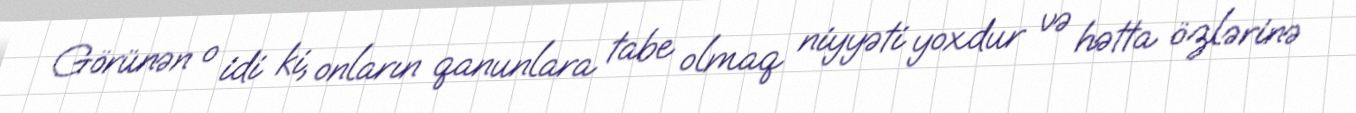
Görünən o idi ki, onların qanunlara tabe olmaq niyyəti yoxdur və hətta özlərinə